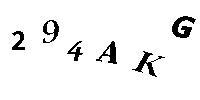
294AKG